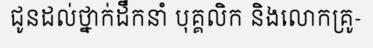
ជូនដល់ថ្នាក់ដឹកនាំ បុគ្គលិក និងលោកគ្រូ-